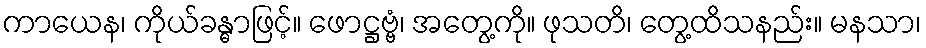
ကာယေန၊ ကိုယ်ခန္ဓာဖြင့်။ ဖောဋ္ဌဗ္ဗံ၊ အတွေ့ကို။ ဖုသတိ၊ တွေ့ထိသနည်း။ မနသာ၊